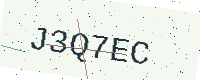
Text: J3Q7EC